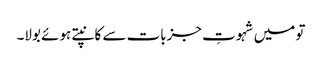
تو میں شہوتِ جزبات سے کانپتے ہوئے بولا۔